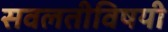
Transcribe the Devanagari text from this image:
सवलतीविषयी